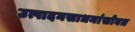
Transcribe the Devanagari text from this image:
उत्पादनसाधनांसोबत